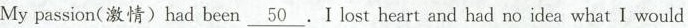
My passion(激情)had been\underline{50}.I lost heart and had no idea what I would